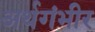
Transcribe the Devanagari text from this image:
अर्थगंभीर